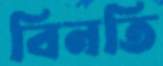
বিনতি